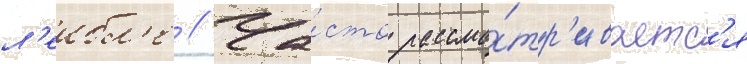
л'еибл'е // Ча́сто рассма́тр'иваетс'я